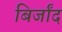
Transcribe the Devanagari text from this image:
बिर्जांद